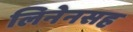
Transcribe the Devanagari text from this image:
लिनेनसह